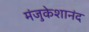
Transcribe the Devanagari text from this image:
मंजुकेशानंद